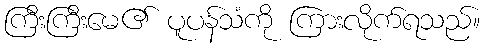
ကြီးကြီးမေ၏ ပူပန်သံကို ကြားလိုက်ရသည်။